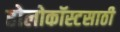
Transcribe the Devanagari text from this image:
होलोकॉस्टसाठी